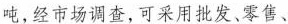
吨，经市场调查，可采用批发、零售、